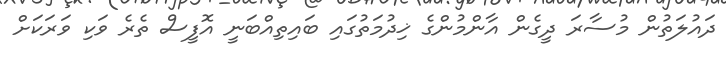
ދައުލަތުން މުސާރަ ދީގެން އާންމުންގެ ޚިދުމަތުގައި ބައިތިއްބަނީ އޮފީސް ތެރެ ވަކި ވަރަކަށް